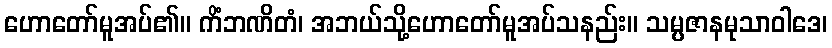
ဟောတော်မူအပ်၏။ ကိံဘဏိတံ၊ အဘယ်သို့ဟောတော်မူအပ်သနည်း။ သမ္ပဇာနမုသာဝါဒေ၊